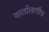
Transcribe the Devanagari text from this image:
वार्तालापीय